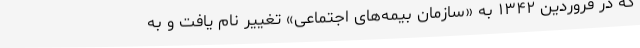
که در فروردین ۱۳۴۲ به «سازمان بیمه‌های اجتماعی» تغییر نام یافت و به